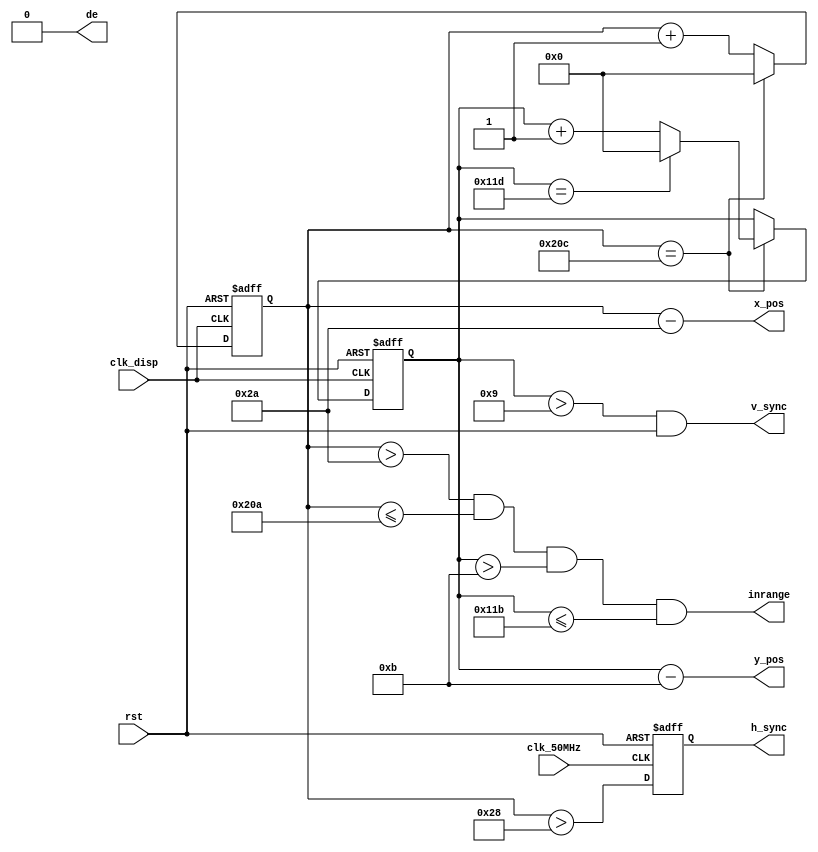
`timescale 1ns / 1ns
//////////////////////////////////////////////////////////////////////////////////
// Company: 
// Engineer: 
// 
// Design Name: 
// Module Name:    hv_position 
// Project Name: 
// Target Devices: 
// Tool versions: 
// Description: 
//
// Dependencies: 
//
// Revision: 
// Revision 0.01 - File Created
// Additional Comments: 
//
//////////////////////////////////////////////////////////////////////////////////
module hv_position(
    input clk_disp,
	 input clk_50MHz,
    input rst,
	 output de,
    output reg h_sync,
    output v_sync,
	 output inrange,
    output [9:0] x_pos,
    output [9:0] y_pos
    );
	
parameter H_CYCLE = 10'd524;				//525-1     
parameter H_SYNC = 10'd40;					//41-1	  
parameter H_FRONT = H_SYNC + 10'd2;		//  
parameter H_DISP = H_FRONT + 10'd480;	//  
parameter H_BACK = H_DISP + 10'd2;		// ,    H_CYCLE

parameter V_CYCLE = 10'd285;				//286-1	  H_SYNC
parameter V_SYNC = 10'd9;					//10-1	 
parameter V_TOP = V_SYNC + 10'd2;		//  
parameter V_DISP = V_TOP + 10'd272;		//  
parameter V_BOTTOM = V_DISP + 10'd2;	//  ,    V_CYCLE

reg [9:0] h_count;
reg [9:0] v_count;

assign de = 1'b0;
wire pre_h_sync = (h_count > H_SYNC);
assign v_sync = ((v_count > V_SYNC) & (rst));
assign x_pos[9:0] = h_count[9:0] - H_FRONT;
assign y_pos[9:0] = v_count[9:0] - V_TOP;
assign inrange = (h_count > H_FRONT) & (h_count <= H_DISP) & (v_count > V_TOP) & (v_count <= V_DISP);

always@(negedge clk_disp or negedge rst)
	if(!rst)
		begin
			h_count <= 10'd0;
			v_count <= 10'd0;
		end
	else 
		if(h_count == H_CYCLE)
			begin
				h_count <= 10'd0;
				if(v_count == V_CYCLE)
					v_count <= 10'd0;
				else
					v_count <= v_count + 10'd1;
			end
		else
			h_count <= h_count + 10'b1;

always @(negedge clk_50MHz or negedge rst)
	if(!rst)
		h_sync <= 1'b1;
	else
		h_sync <= pre_h_sync;

endmodule